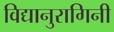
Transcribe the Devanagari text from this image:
विद्यानुरागिनी